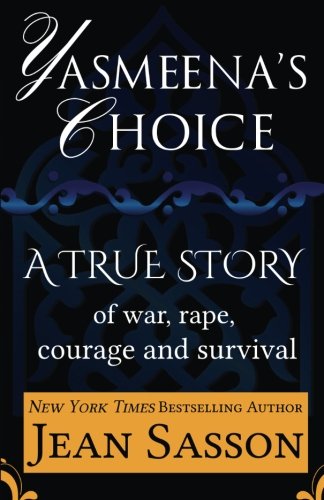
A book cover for Yasmeena's Choice: A True Story of War, Rape, Courage and Survival; Jean Sasson; Biographies & Memoirs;